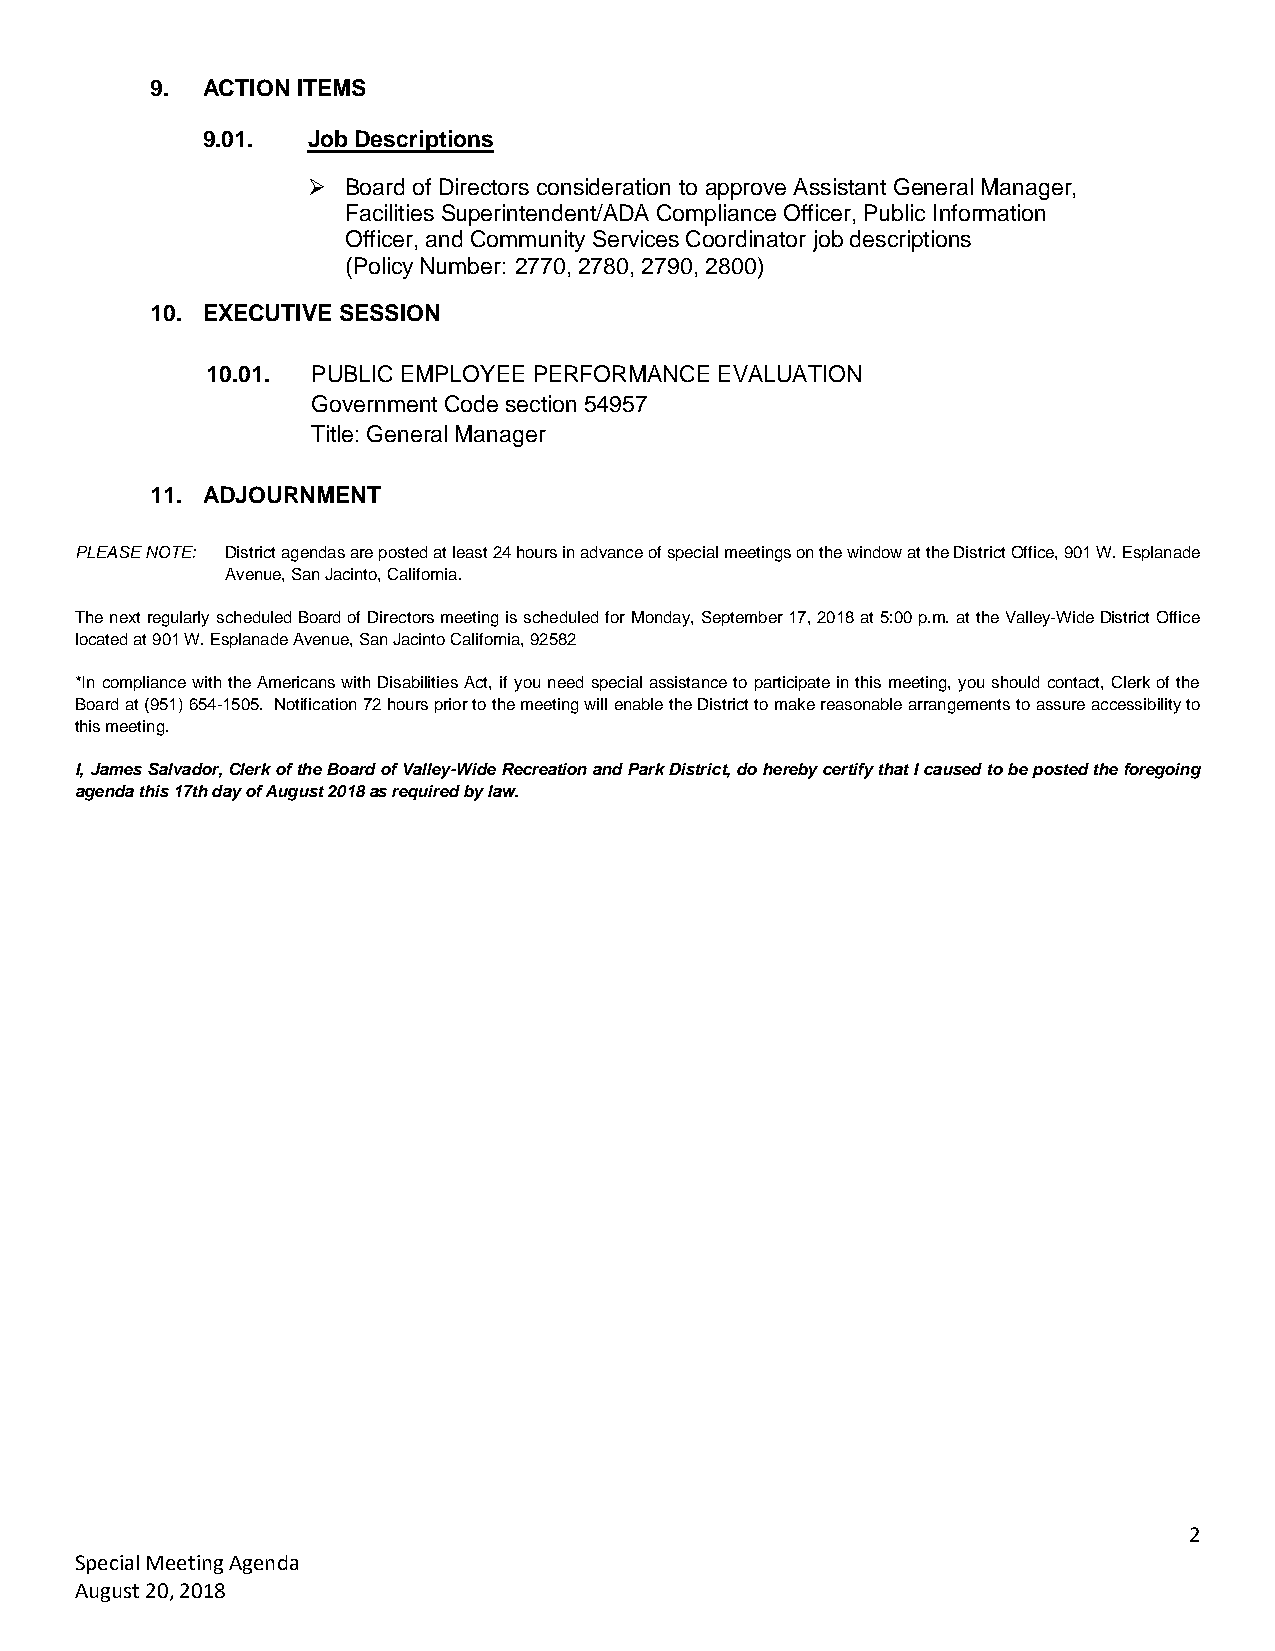
9. ACTION ITEMS
 9.01.  Job Descriptions
   Board of Directors consideration to approve Assistant General Manager,
 Facilities Superintendent/ADA Compliance Officer, Public Information
 Officer, and Community Services Coordinator job descriptions
 (Policy Number: 2770, 2780, 2790, 2800)
 10. EXECUTIVE SESSION
 10.01. PUBLIC EMPLOYEE PERFORMANCE EVALUATION
 Government Code section 54957
 Title: General Manager
 11. ADJOURNMENT
 PLEASE NOTE: District agendas are posted at least 24 hours in advance of special meetings on the window at the District Office, 901 W. Esplanade
 Avenue, San Jacinto, California.
 The next regularly scheduled Board of Directors meeting is scheduled for Monday, September 17, 2018 at 5:00 p.m. at the Valley-Wide District Office
 located at 901 W. Esplanade Avenue, San Jacinto California, 92582
 *In compliance with the Americans with Disabilities Act, if you need special assistance to participate in this meeting, you should contact, Clerk of the
 Board at (951) 654-1505. Notification 72 hours prior to the meeting will enable the District to make reasonable arrangements to assure accessibility to
 this meeting.
 I, James Salvador, Clerk of the Board of Valley-Wide Recreation and Park District, do hereby certify that I caused to be posted the foregoing
 agenda this 17th day of August 2018 as required by law.
 2
 Special Meeting Agenda
 August 20, 2018